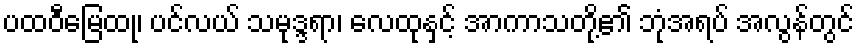
ပထဝီမြေထု၊ ပင်လယ် သမုဒ္ဒရာ၊ လေထုနှင့် အာကာသတို့၏ ဘုံအရပ် အလွန်တွင်